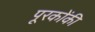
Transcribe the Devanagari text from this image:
पूरकोंकी